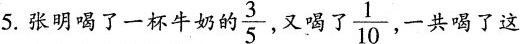
5.张明喝了一杯牛奶 \frac{3}{5}，又喝\frac{1}{10}一共喝了这